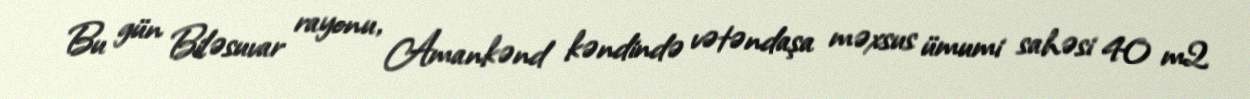
Bu gün Biləsuvar rayonu, Amankənd kəndində vətəndaşa məxsus ümumi sahəsi 40 m2